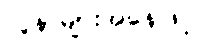
လူနာများအနေဖြင့်